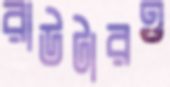
রাউটারও